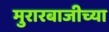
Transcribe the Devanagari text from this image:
मुरारबाजीच्या